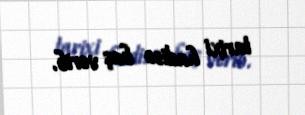
tarixi hadisə baş verib.